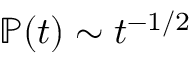
{ \mathbb { P } } ( t ) \sim t ^ { - 1 / 2 }